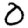
Digit: 0